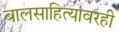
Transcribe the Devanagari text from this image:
बालसाहित्यावरही